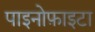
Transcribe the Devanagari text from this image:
पाइनोफ़ाइटा